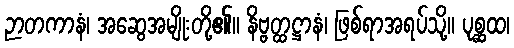
ဉာတကာနံ၊ အဆွေအမျိုးတို့၏။ နိဗ္ဗတ္ထဋ္ဌာနံ၊ ဖြစ်ရာအရပ်သို့။ ပုစ္ဆထ၊